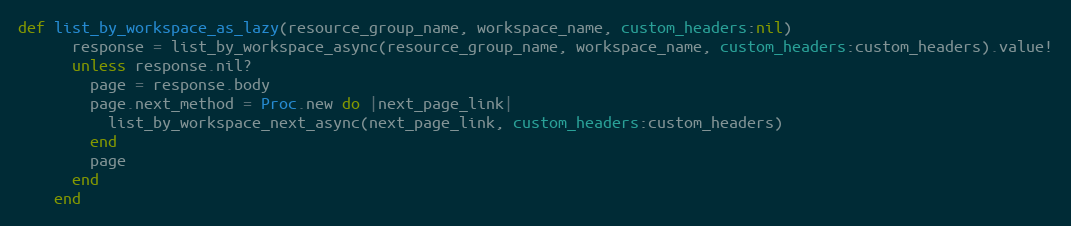
Language: Ruby
def list_by_workspace_as_lazy(resource_group_name, workspace_name, custom_headers:nil)
      response = list_by_workspace_async(resource_group_name, workspace_name, custom_headers:custom_headers).value!
      unless response.nil?
        page = response.body
        page.next_method = Proc.new do |next_page_link|
          list_by_workspace_next_async(next_page_link, custom_headers:custom_headers)
        end
        page
      end
    end